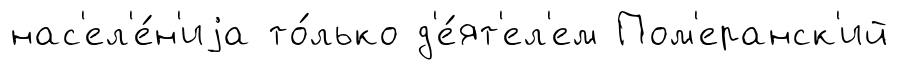
нас'ел'е́н'иjа то́лько д'е́ят'ел'ем Пом'еранск'ий